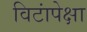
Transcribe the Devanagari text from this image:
विटांपेक्षा